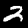
Digit: 2